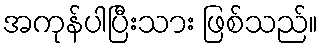
အကုန်ပါပြီးသား ဖြစ်သည်။